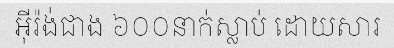
អ៊ីរ៉ង់ជាង ៦០០នាក់ស្លាប់ ដោយសារ